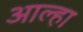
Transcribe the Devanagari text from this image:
आल्‍हा